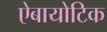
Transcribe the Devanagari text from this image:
ऐबायोटिक